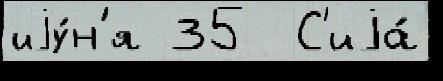
иjу́н'я 35  С'иjа́